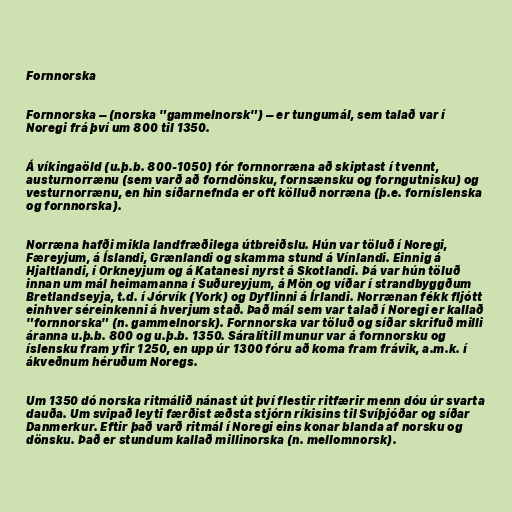
Fornnorska

Fornnorska – (norska "gammelnorsk") – er tungumál, sem talað var í
Noregi frá því um 800 til 1350.

Á víkingaöld (u.þ.b. 800-1050) fór fornnorræna að skiptast í tvennt,
austurnorrænu (sem varð að forndönsku, fornsænsku og forngutnisku) og
vesturnorrænu, en hin síðarnefnda er oft kölluð norræna (þ.e. forníslenska
og fornnorska).

Norræna hafði mikla landfræðilega útbreiðslu. Hún var töluð í Noregi,
Færeyjum, á Íslandi, Grænlandi og skamma stund á Vínlandi. Einnig á
Hjaltlandi, í Orkneyjum og á Katanesi nyrst á Skotlandi. Þá var hún töluð
innan um mál heimamanna í Suðureyjum, á Mön og víðar í strandbyggðum
Bretlandseyja, t.d. í Jórvík (York) og Dyflinni á Írlandi. Norrænan fékk fljótt
einhver séreinkenni á hverjum stað. Það mál sem var talað í Noregi er kallað
"fornnorska" (n. gammelnorsk). Fornnorska var töluð og síðar skrifuð milli
áranna u.þ.b. 800 og u.þ.b. 1350. Sáralítill munur var á fornnorsku og
íslensku fram yfir 1250, en upp úr 1300 fóru að koma fram frávik, a.m.k. í
ákveðnum héruðum Noregs.

Um 1350 dó norska ritmálið nánast út því flestir ritfærir menn dóu úr svarta
dauða. Um svipað leyti færðist æðsta stjórn ríkisins til Svíþjóðar og síðar
Danmerkur. Eftir það varð ritmál í Noregi eins konar blanda af norsku og
dönsku. Það er stundum kallað millinorska (n. mellomnorsk).